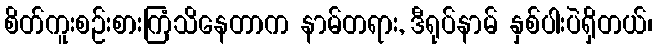
စိတ်ကူးစဉ်းစားကြံသိနေတာက နာမ်တရား, ဒီရုပ်နာမ် နှစ်ပါးပဲရှိတယ်၊